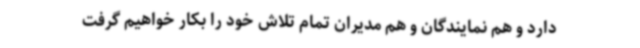
دارد و هم نمایندگان و هم مدیران تمام تلاش خود را بکار خواهیم گرفت